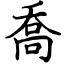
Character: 喬